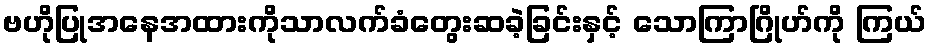
ဗဟိုပြုအနေအထားကိုသာလက်ခံတွေးဆခဲ့ခြင်းနှင့် သောကြာဂြိုဟ်ကို ကြယ်